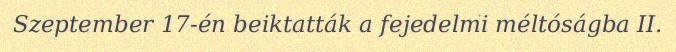
Szeptember 17-én beiktatták a fejedelmi méltóságba II.